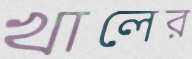
খালের